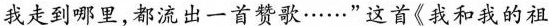
我走到哪里，都流出一首赞歌……”这首《我和我的祖